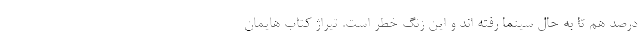
درصد هم تا به حال سینما رفته اند و این زنگ خطر است. تیراژ کتاب هایمان